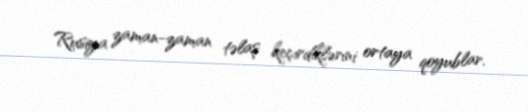
Rusiya zaman-zaman təlaş keçirdiklərini ortaya qoyublar.